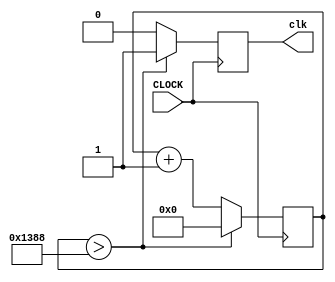
module clock_div_5k(CLOCK, clk);
	input  CLOCK;
	output clk;
	
	reg [16:0] count;
	reg clk;
	
	initial count = 0;
	
	always @ (posedge CLOCK) begin
			if (count > 5000) begin
				count <= 0;
				clk <= 1;
			end
			else begin
				count <= count + 1;
				clk <= 0;
			end
	end
endmodule